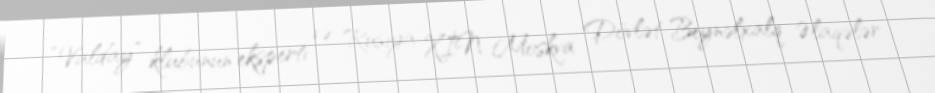
“Valday” klubunun eksperti və Rusiya XİN Moskva Dövlət Beynəlxalq Əlaqələr